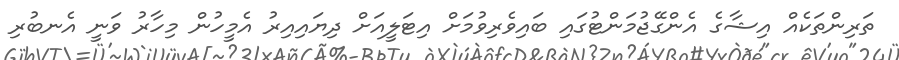
ތަރިންތަކެއް އިޝާގެ އެންގޭޖުމަންޓުގައި ބައިވެރިވުމަށް އިޓަލީއަށް ދިޔައިއިރު އެމީހުން މިހާރު ވަނީ އެނބުރި